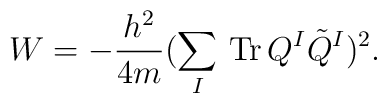
W=-\frac{h^2}{4m}(\sum_I\,{\rm Tr}\,Q^I\tilde{Q}^I)^2.